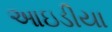
આઇડીયા